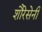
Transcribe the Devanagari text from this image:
शौरेसेनी